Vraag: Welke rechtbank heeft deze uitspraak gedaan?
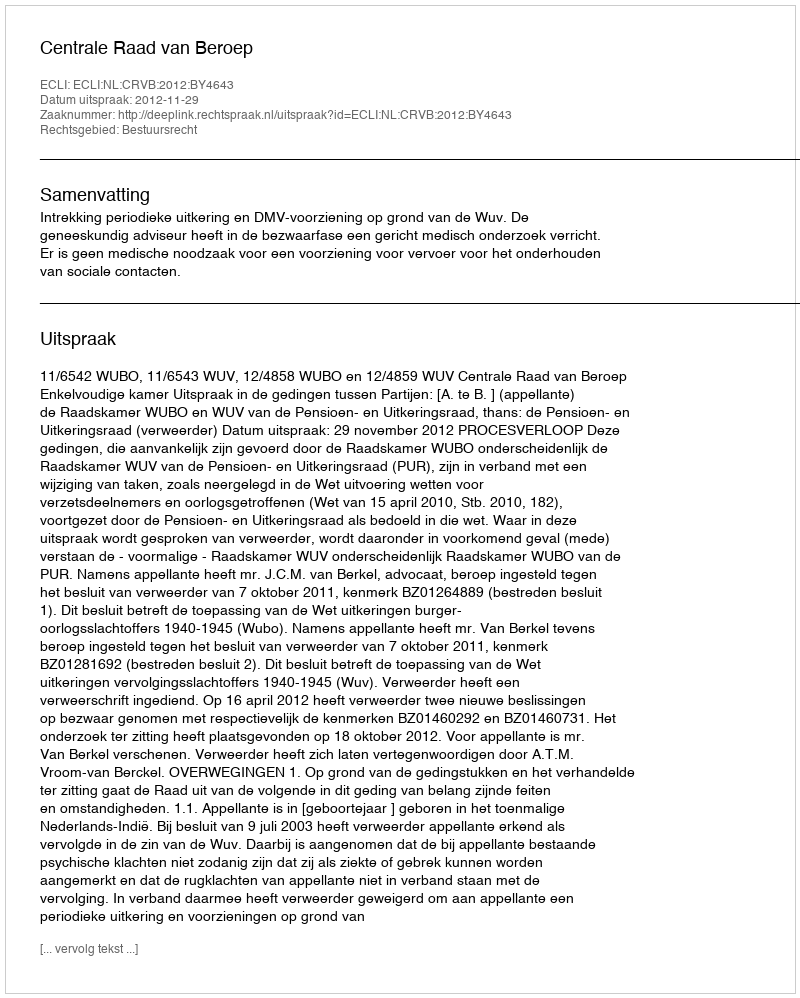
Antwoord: Centrale Raad van Beroep